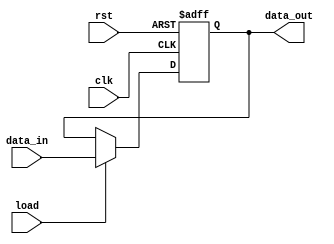
/*Instruction Register
Stores the instruction to be executed
Format
instruction[7:4] := opcode
instruction[3:2] := source
instruction[1:0] := destionation
*/

module Instruction_Register #(
  parameter word_size = 8
) (
    // data_out := instruction
    output reg [word_size-1: 0] data_out,
    // data_in := Bus_2
    input [word_size-1: 0] data_in,
    // load := Load_IR
    input load,
    input clk, rst
);
    always @ (posedge clk or negedge rst)
    if (rst == 0) 
        data_out <= 0; 
    else if (load) 
        data_out <= data_in; 
endmodule